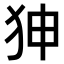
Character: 𤝚